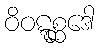
ဝိဝဋ္ဋစ္ဆဒေါ